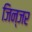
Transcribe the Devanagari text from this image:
जिन्जर